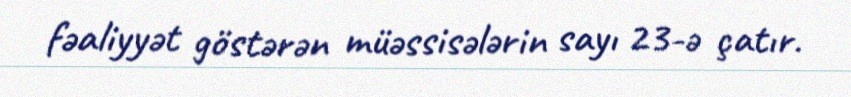
fəaliyyət göstərən müəssisələrin sayı 23-ə çatır.